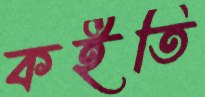
কইতি